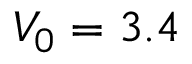
V _ { 0 } = 3 . 4